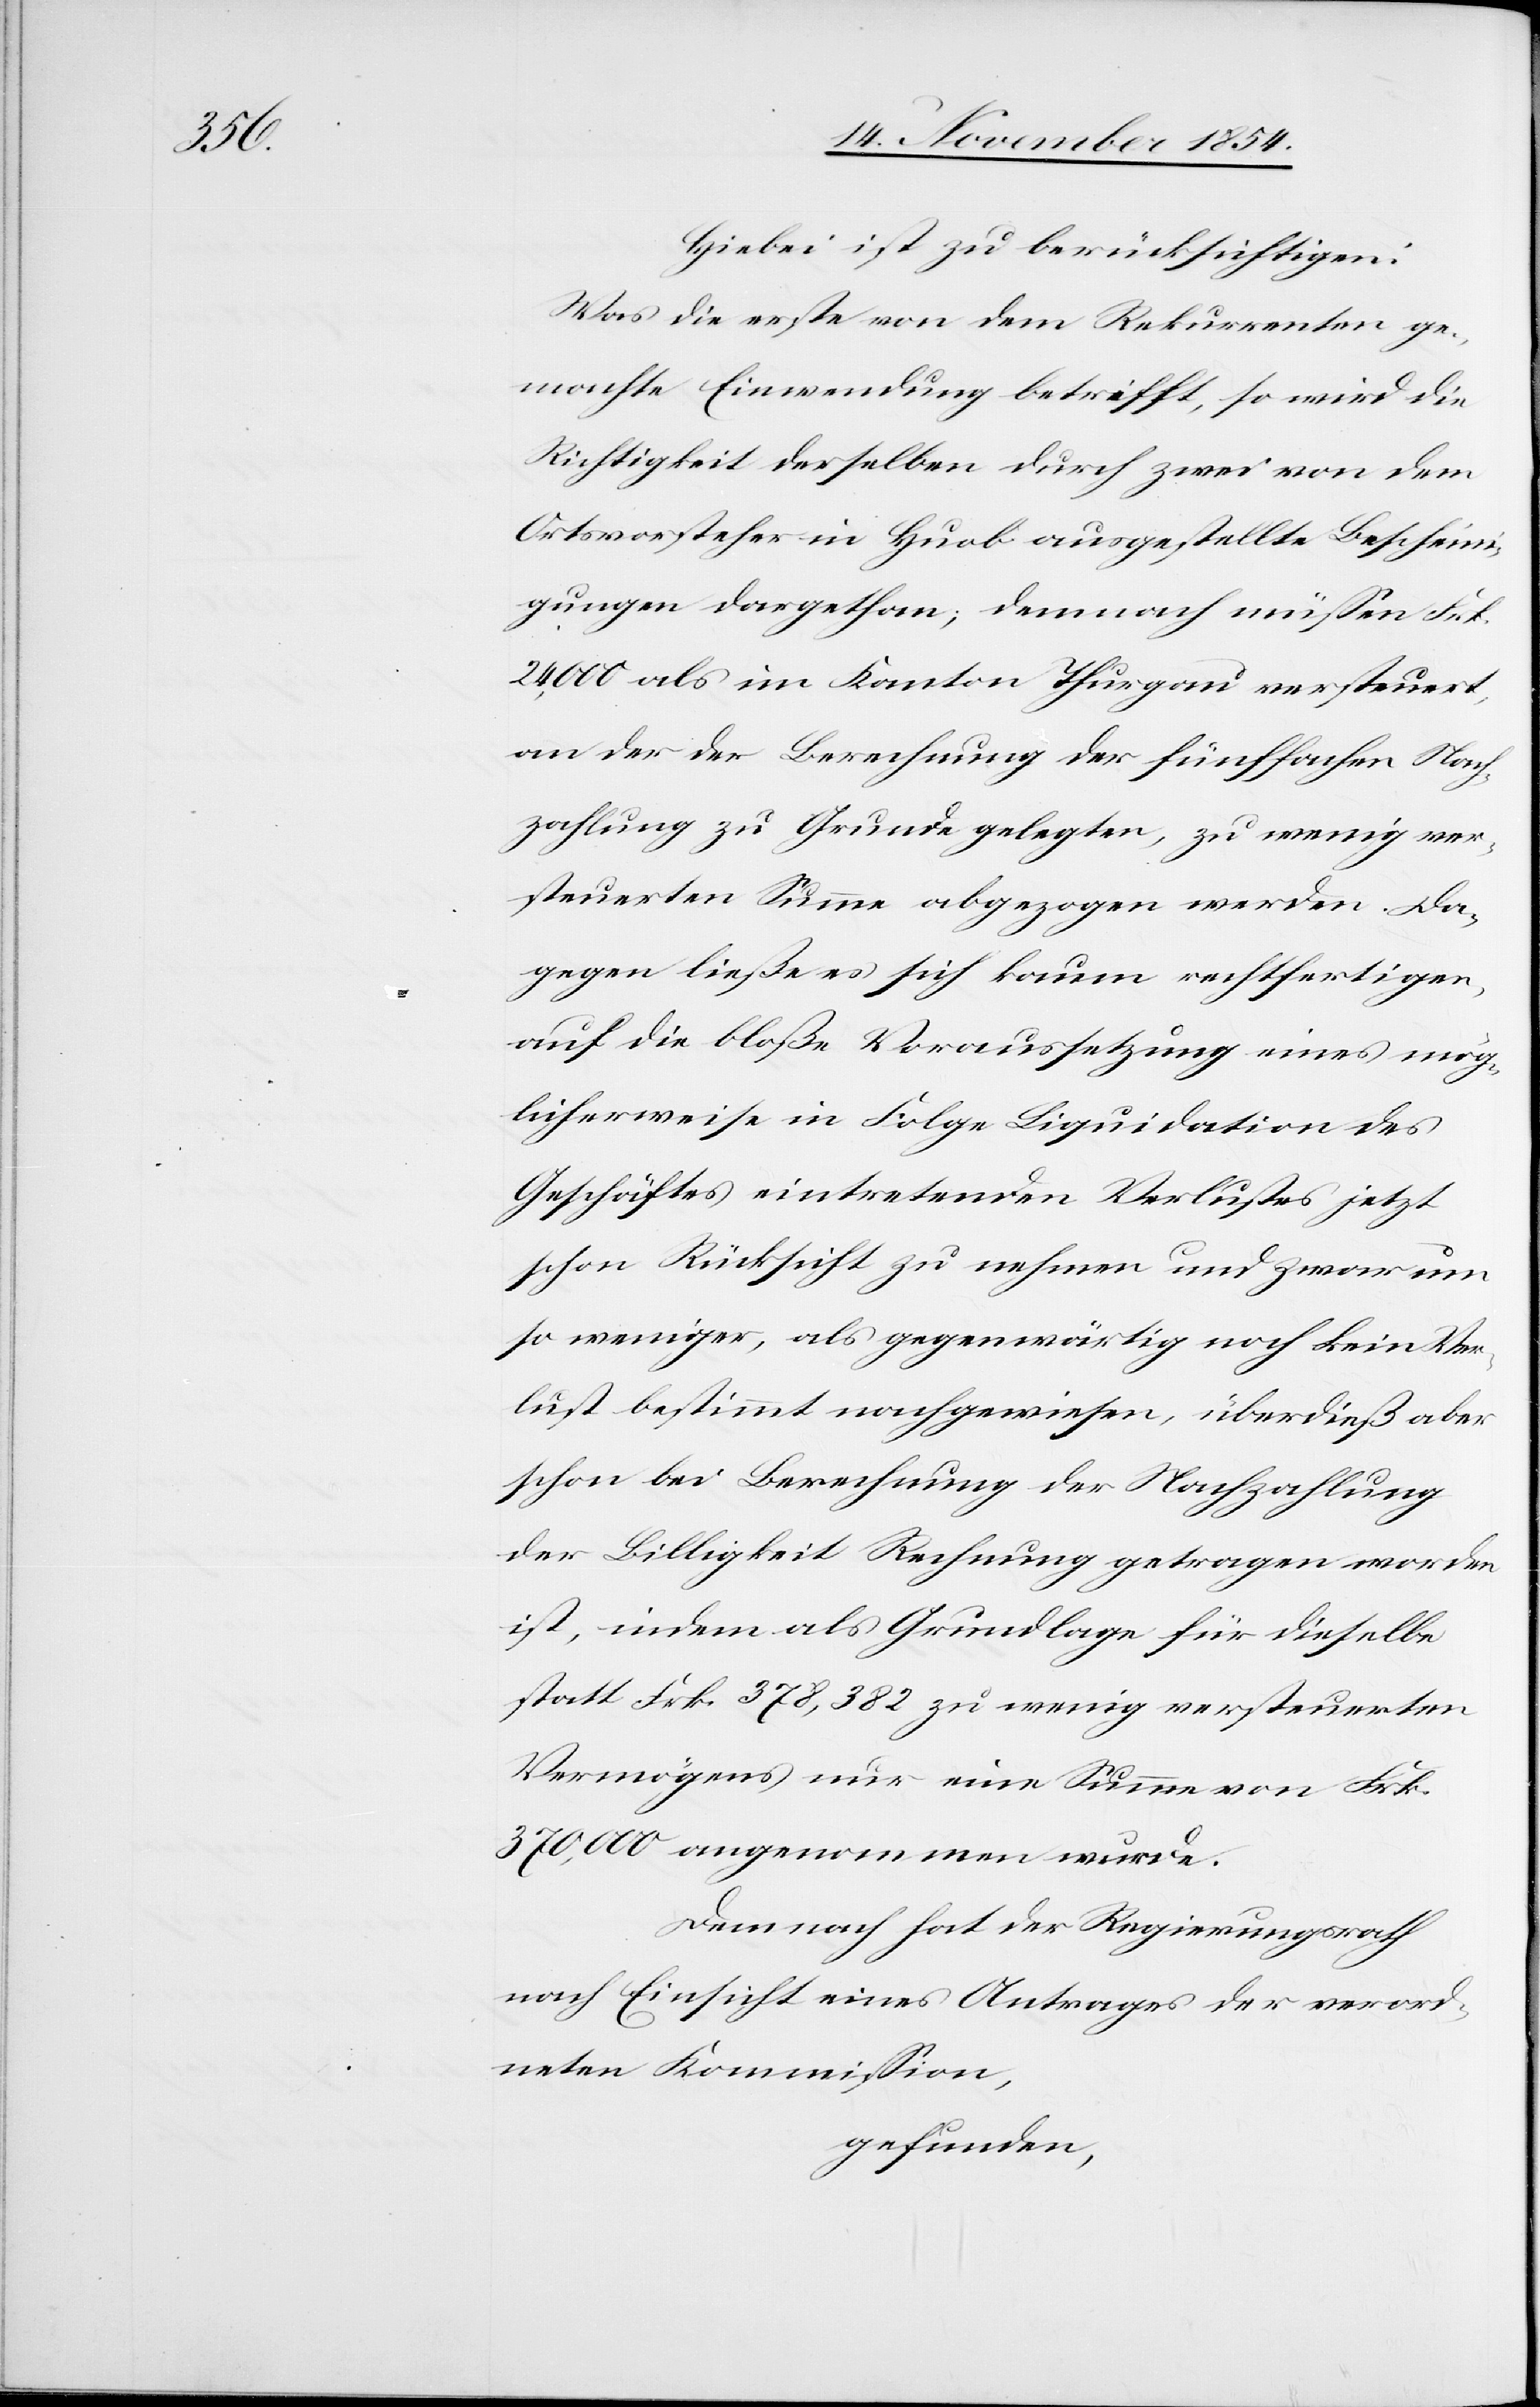
Hiebei ist zu berücksichtigen:
Was die erste von den Rekurrenten ge¬
machte Einwendung betrifft, so wird die
Richtigkeit derselben durch zwei von dem
Ortsvorsteher in Huob ausgestellte Bescheini¬
gungen dargethan; demnach müßen Frk.
24,000 als im Kanton Thurgau versteuert,
an der der Berechnung der fünffachen Nach¬
zahlung zu Grunde gelegten, zu wenig ver¬
steuerten Summe abgezogen werden. Da¬
gegen ließe es sich kaum rechtfertigen,
auf die bloße Voraussetzung eines mög¬
licherweise in Folge Liquidation des
Geschäftes eintretenden Verlustes jetzt
schon Rücksicht zu nehmen und zwar um
so weniger, als gegenwärtig noch kein Ver¬
lust bestimmt nachgewiesen, überdieß aber
schon bei Berechnung der Nachzahlung
der Billigkeit Rechnung getragen worden
ist, indem als Grundlage für dieselbe
statt Frk. 378,382 zu wenig versteuerten
Vermögens nur eine Summe von Frk.
370,000 angenommen wurde.
Demnach hat der Regierungsrath
nach Einsicht eines Antrages der verord¬
neten Kommißion,
gefunden,